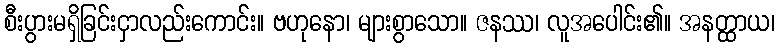
စီးပွားမရှိခြင်းငှာလည်းကောင်း။ ဗဟုနော၊ များစွာသော။ ဇနဿ၊ လူအပေါင်း၏။ အနတ္ထာယ၊